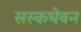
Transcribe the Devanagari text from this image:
सस्कचेवन